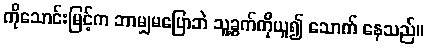
ကိုသောင်းမြင့်က ဘာမျှမပြောဘဲ သူ့ခွက်ကိုယူ၍ သောက် နေသည်။